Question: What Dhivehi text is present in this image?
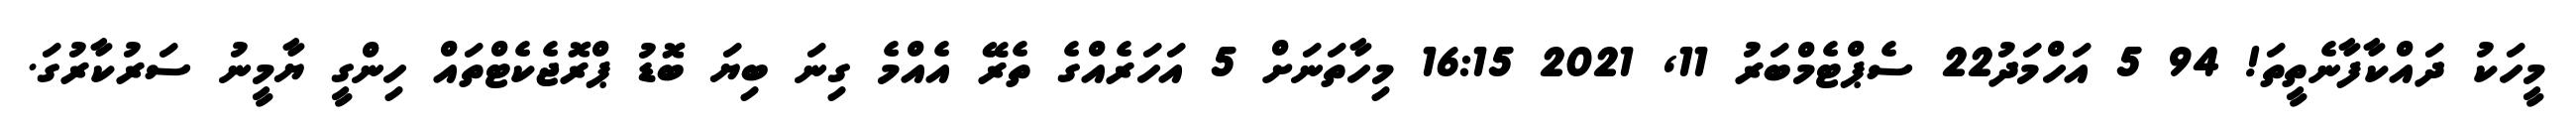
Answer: މީހަކު ދައްކާފާނެތީތަ! 94 5 އަހްމަދު22 ސެޕްޓެމްބަރު 11, 2021 16:15 މިހާތަނަށް 5 އަހަރެއްގެ ތެރޭ އެއްމެ ގިނަ ބިޔަ ބޮޑު ޕްރޮޖެކެޓްތައް ހިންގީ ޔާމީނު ސަރުކާރުގަ.